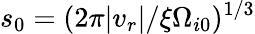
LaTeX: s_{0}=(2\pi\vert v_{r}\vert/\xi\Omega_{i0})^{1/3}